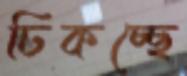
ঢিকচ্ছে